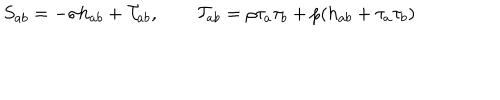
S _ { a b } = - \sigma h _ { a b } + \mathcal { T } _ { a b } , \qquad \mathcal { T } _ { a b } = \rho \tau _ { a } \tau _ { b } + p ( h _ { a b } + \tau _ { a } \tau _ { b } ) \nonumber